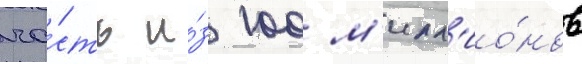
ча́сть и́з 100 м'илл'ио́нов